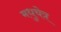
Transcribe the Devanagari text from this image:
मधुचेत्र